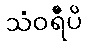
သံဝရီပိ